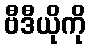
ဗီဒီယိုကို